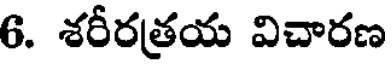
6. శరీరత్రయ విచారణ